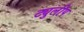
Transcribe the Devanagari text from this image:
ट्युलीप